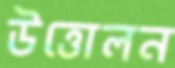
উত্তোলন